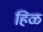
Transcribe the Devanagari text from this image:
हिळ